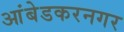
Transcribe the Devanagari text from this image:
आंबेडकरनगर